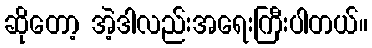
ဆိုတော့ အဲ့ဒါလည်းအရေးကြီးပါတယ်။